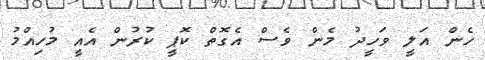
ހެން އަލީ ވަހީދު މެން ވެސް އެގޮތް ކޮޕީ ކުރުން އެއީ މުހިއްމު